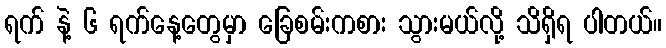
ရက် နဲ့ ၆ ရက်နေ့တွေမှာ ခြေစမ်းကစား သွားမယ်လို့ သိရှိရ ပါတယ်။